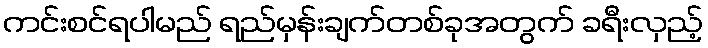
ကင်းစင်ရပါမည် ရည်မှန်းချက်တစ်ခုအတွက် ခရီးလှည့်